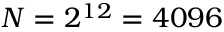
N = 2 ^ { 1 2 } = 4 0 9 6